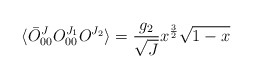
\begin{align*}\langle\bar{O}^J_{00}O^{J_1}_{00}O^{J_2}\rangle=\frac{g_2}{\sqrt{J}}x^{\frac{3}{2}}\sqrt{1-x}\end{align*}